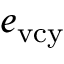
e _ { \mathrm { v c y } }